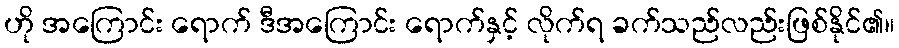
ဟို အကြောင်း ရောက် ဒီအကြောင်း ရောက်နှင့် လိုက်ရ ခက်သည်လည်းဖြစ်နိုင်၏။